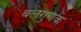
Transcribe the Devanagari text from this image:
बलगुणक